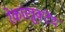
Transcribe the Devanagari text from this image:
रेकांस्त्रुक्टेद